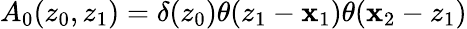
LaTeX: A_{0}(z_{0},z_{1})=\delta(z_{0})\theta(z_{1}-\mathbf{x}_{1})\theta(\mathbf{x}_{2}-z_{1})